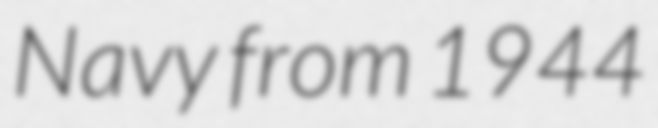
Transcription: Navy from 1944